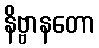
နိဗ္ဗာနတော